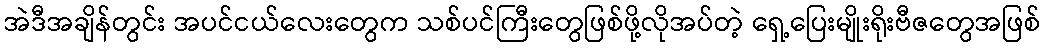
အဲဒီအချိန်တွင်း အပင်ငယ်လေးတွေက သစ်ပင်ကြီးတွေဖြစ်ဖို့လိုအပ်တဲ့ ရှေ့ပြေးမျိုးရိုးဗီဇတွေအဖြစ်